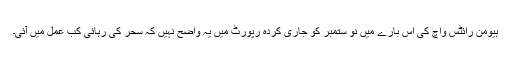
ہيومن رائٹس واچ کی اس بارے ميں نو ستمبر کو جاری کردہ رپورٹ ميں يہ واضح نہيں کہ سحر کی رہائی کب عمل ميں آئی۔